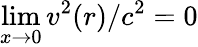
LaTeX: \operatorname*{lim}_{x\rightarrow 0}v^{2}(r)/c^{2}=0